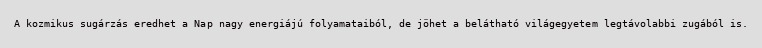
A kozmikus sugárzás eredhet a Nap nagy energiájú folyamataiból, de jöhet a belátható világegyetem legtávolabbi zugából is.